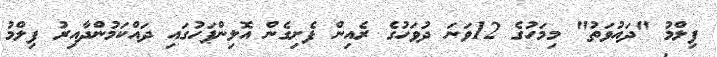
ފިލްމު "ދައުވަތު" މިމަހުގެ 12ވަނަ ދުވަހުގެ ރެއިން ފެށިގެން އޮލިިންޕަހުގައި ދައްކަމުންދާއިރު ފިލްމު